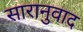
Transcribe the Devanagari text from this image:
सारानुवाद